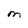
Character: M